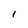
Character: I